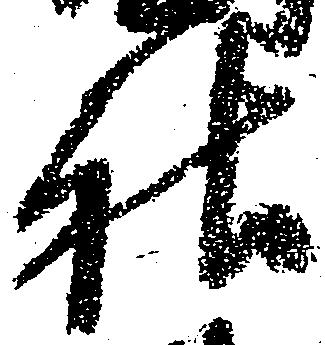
社